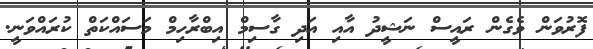
ފޮރުވަން ވެގެން ރައީސް ނަޝީދު އާއި އަދި ގާސިމް އިބްރާހިމް މަސައްކަތް ކުރައްވަނީ.